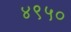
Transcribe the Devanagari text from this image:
४९५०